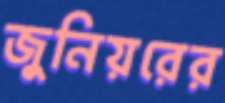
জুনিয়রের